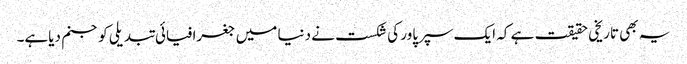
یہ بھی تاریخی حقیقت ہے کہ ایک سپرپاور کی شکست نے دنیا میں جغرافیائی تبدیلی کو جنم دیاہے۔